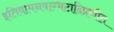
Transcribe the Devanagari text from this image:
इतिवामनवाग्भटादिप्रणीत